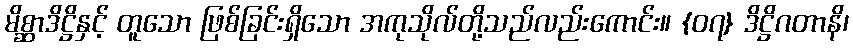
မိစ္ဆာဒိဋ္ဌိနှင့် တူသော ဖြစ်ခြင်းရှိသော အကုသိုလ်တို့သည်လည်းကောင်း။ {၀၇} ဒိဋ္ဌိဂတာနိ၊